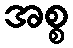
အစ္စ